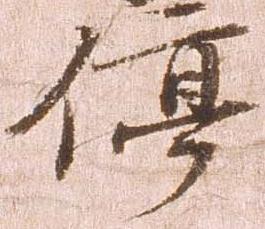
停